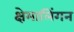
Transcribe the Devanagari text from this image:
क्षेमालिंगन